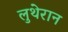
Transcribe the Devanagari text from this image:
लुथेरान